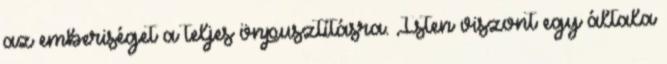
az emberiséget a teljes önpusztításra. Isten viszont egy általa